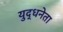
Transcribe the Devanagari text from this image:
युद्धनेता